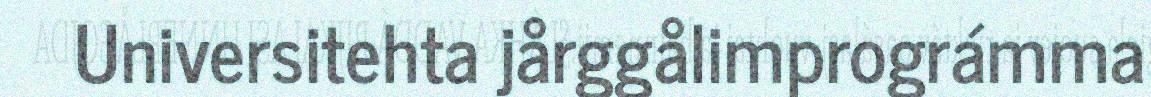
Universitehta jårggålimprográmma